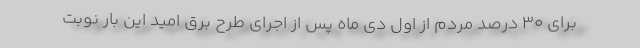
برای ۳۰ درصد مردم از اول دی ماه پس از اجرای طرح برق امید این بار نوبت